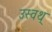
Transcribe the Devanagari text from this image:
उस्वथ्